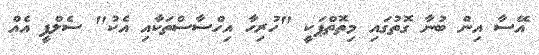
އޭސާ އިން ބުނާ ގޮތުގައި މިތޮތްޕަކީ "ހުރިހާ އިހްސާސްތަކާއި އެކު" ސެލްފީ އެއް